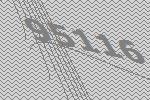
95116